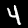
Digit: 4